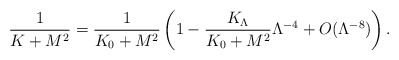
\begin{align*}\frac{1}{K+M^2}=\frac{1}{K_0+M^2} \left( 1-\frac{K_\Lambda}{K_0+M^2}\Lambda^{-4}+O(\Lambda^{-8}) \right).\end{align*}